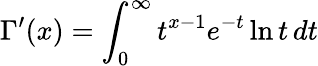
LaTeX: \Gamma^{\prime}(x)=\int_{0}^{\infty}t^{x-1}e^{-t}\ln t\, dt